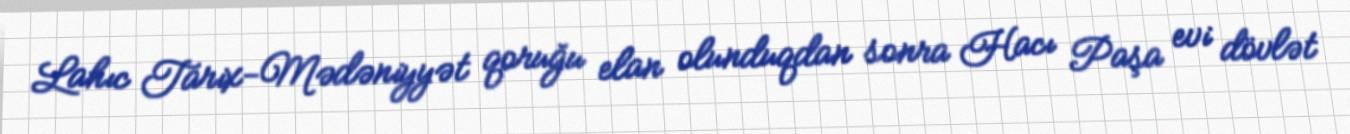
Lahıc Tarix-Mədəniyyət qoruğu elan olunduqdan sonra Hacı Paşa evi dövlət